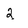
Character: 2